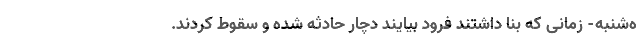
ه‌شنبه- زمانی که بنا داشتند فرود بیایند دچار حادثه شده و سقوط کردند.